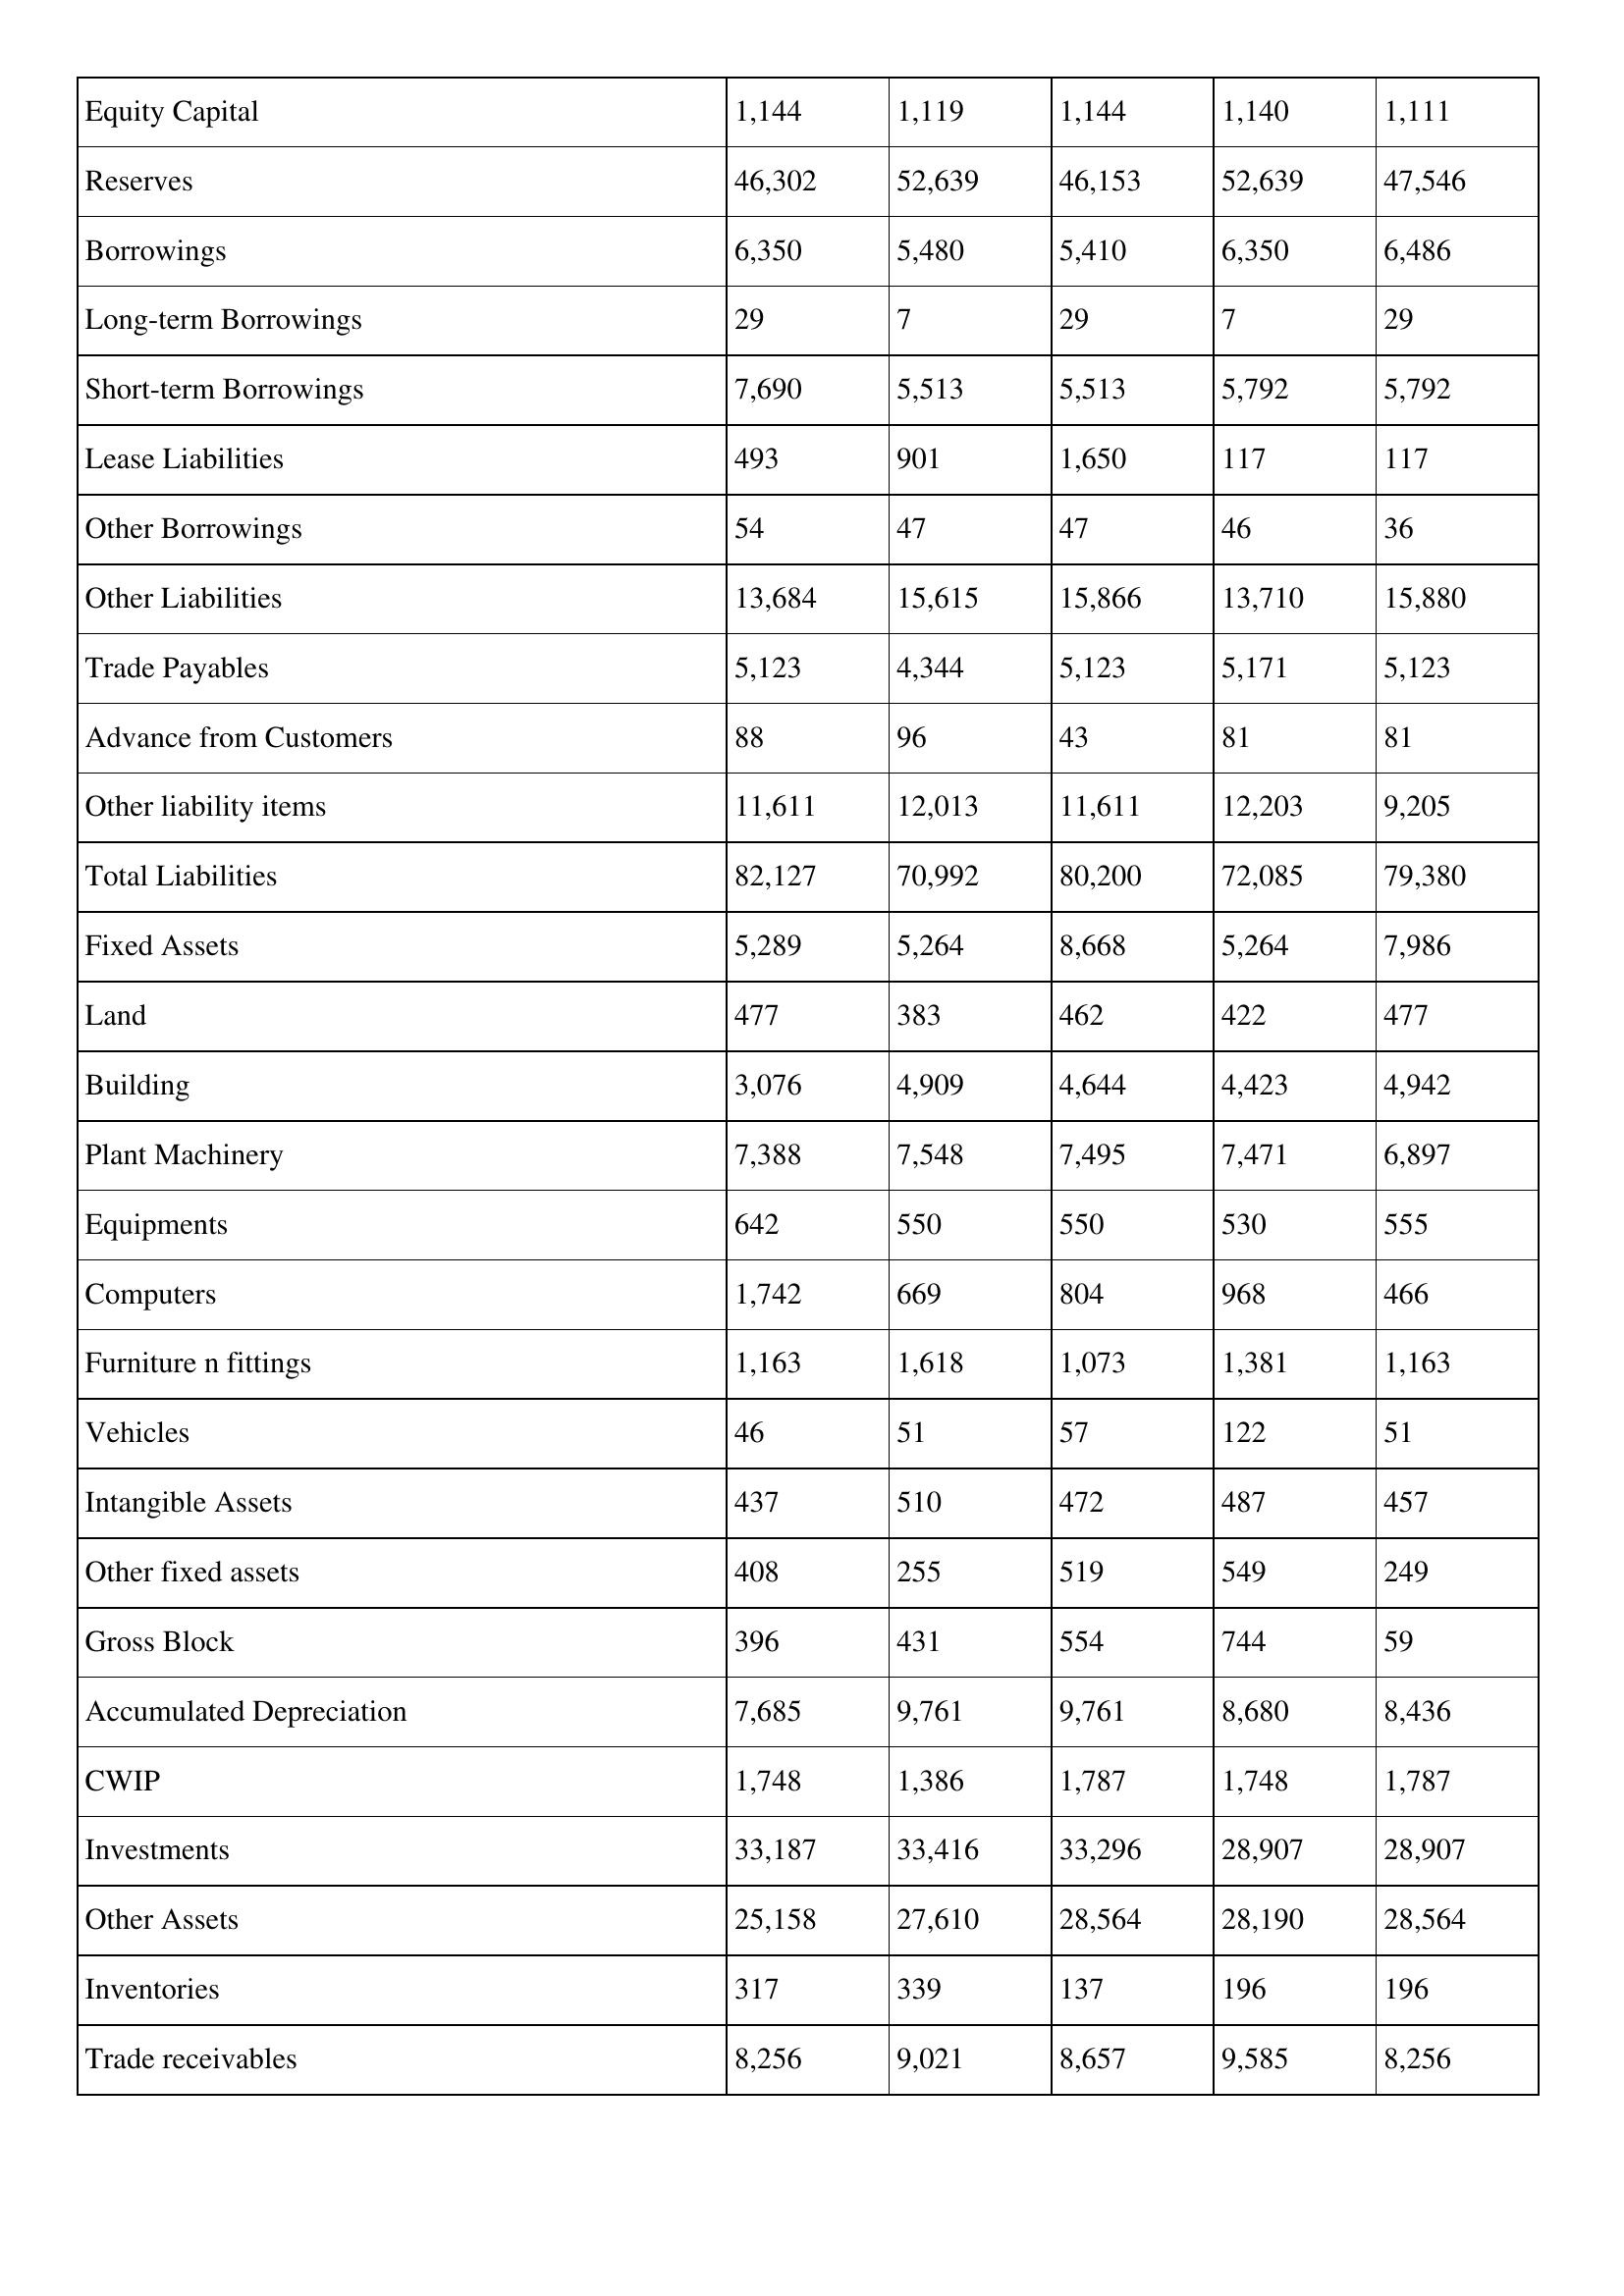
gt_parse: 2001: Balance Sheet: Equity Capital: 1,144
Reserves: 46,302
Borrowings: 6,350
Long-term Borrowings: 29
Short-term Borrowings: 7,690
Lease Liabilities: 493
Other Borrowings: 54
Other Liabilities: 13,684
Trade Payables: 5,123
Advance from Customers: 88
Other liability items: 11,611
Total Liabilities: 82,127
Fixed Assets: 5,289
Land: 477
Building: 3,076
Plant Machinery: 7,388
Equipments: 642
Computers: 1,742
Furniture n fittings: 1,163
Vehicles: 46
Intangible Assets: 437
Other fixed assets: 408
Gross Block: 396
Accumulated Depreciation: 7,685
CWIP: 1,748
Investments: 33,187
Other Assets: 25,158
Inventories: 317
Trade receivables: 8,256
2000: Balance Sheet: Equity Capital: 1,119
Reserves: 52,639
Borrowings: 5,480
Long-term Borrowings: 7
Short-term Borrowings: 5,513
Lease Liabilities: 901
Other Borrowings: 47
Other Liabilities: 15,615
Trade Payables: 4,344
Advance from Customers: 96
Other liability items: 12,013
Total Liabilities: 70,992
Fixed Assets: 5,264
Land: 383
Building: 4,909
Plant Machinery: 7,548
Equipments: 550
Computers: 669
Furniture n fittings: 1,618
Vehicles: 51
Intangible Assets: 510
Other fixed assets: 255
Gross Block: 431
Accumulated Depreciation: 9,761
CWIP: 1,386
Investments: 33,416
Other Assets: 27,610
Inventories: 339
Trade receivables: 9,021
1999: Balance Sheet: Equity Capital: 1,144
Reserves: 46,153
Borrowings: 5,410
Long-term Borrowings: 29
Short-term Borrowings: 5,513
Lease Liabilities: 1,650
Other Borrowings: 47
Other Liabilities: 15,866
Trade Payables: 5,123
Advance from Customers: 43
Other liability items: 11,611
Total Liabilities: 80,200
Fixed Assets: 8,668
Land: 462
Building: 4,644
Plant Machinery: 7,495
Equipments: 550
Computers: 804
Furniture n fittings: 1,073
Vehicles: 57
Intangible Assets: 472
Other fixed assets: 519
Gross Block: 554
Accumulated Depreciation: 9,761
CWIP: 1,787
Investments: 33,296
Other Assets: 28,564
Inventories: 137
Trade receivables: 8,657
1998: Balance Sheet: Equity Capital: 1,140
Reserves: 52,639
Borrowings: 6,350
Long-term Borrowings: 7
Short-term Borrowings: 5,792
Lease Liabilities: 117
Other Borrowings: 46
Other Liabilities: 13,710
Trade Payables: 5,171
Advance from Customers: 81
Other liability items: 12,203
Total Liabilities: 72,085
Fixed Assets: 5,264
Land: 422
Building: 4,423
Plant Machinery: 7,471
Equipments: 530
Computers: 968
Furniture n fittings: 1,381
Vehicles: 122
Intangible Assets: 487
Other fixed assets: 549
Gross Block: 744
Accumulated Depreciation: 8,680
CWIP: 1,748
Investments: 28,907
Other Assets: 28,190
Inventories: 196
Trade receivables: 9,585
1997: Balance Sheet: Equity Capital: 1,111
Reserves: 47,546
Borrowings: 6,486
Long-term Borrowings: 29
Short-term Borrowings: 5,792
Lease Liabilities: 117
Other Borrowings: 36
Other Liabilities: 15,880
Trade Payables: 5,123
Advance from Customers: 81
Other liability items: 9,205
Total Liabilities: 79,380
Fixed Assets: 7,986
Land: 477
Building: 4,942
Plant Machinery: 6,897
Equipments: 555
Computers: 466
Furniture n fittings: 1,163
Vehicles: 51
Intangible Assets: 457
Other fixed assets: 249
Gross Block: 59
Accumulated Depreciation: 8,436
CWIP: 1,787
Investments: 28,907
Other Assets: 28,564
Inventories: 196
Trade receivables: 8,256